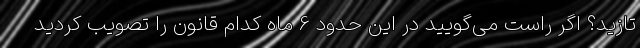
تازید؟ اگر راست می‌گویید در این حدود 6 ماه کدام قانون را تصویب کردید